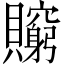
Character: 𧸺